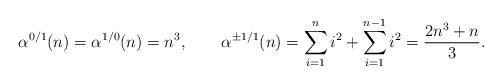
LaTeX: \begin{align*}\alpha^{0/1}(n) = \alpha^{1/0}(n) &= n^3, & \alpha^{\pm1/1}(n) = \sum_{i=1}^n i^2 + \sum_{i=1}^{n-1} i^2 &= \frac{2n^3+n}{3}. \end{align*}